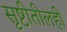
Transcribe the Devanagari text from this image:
सृष्टीतीलही